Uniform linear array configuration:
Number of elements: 16
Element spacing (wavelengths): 0.75
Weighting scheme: binomial
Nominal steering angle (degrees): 30
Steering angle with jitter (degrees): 30.612
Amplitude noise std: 0.05
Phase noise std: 0.05

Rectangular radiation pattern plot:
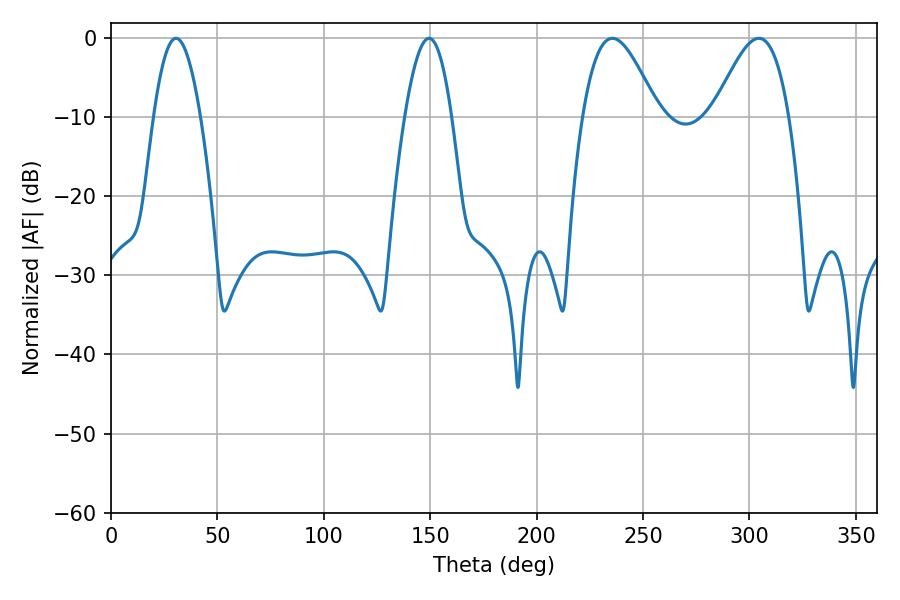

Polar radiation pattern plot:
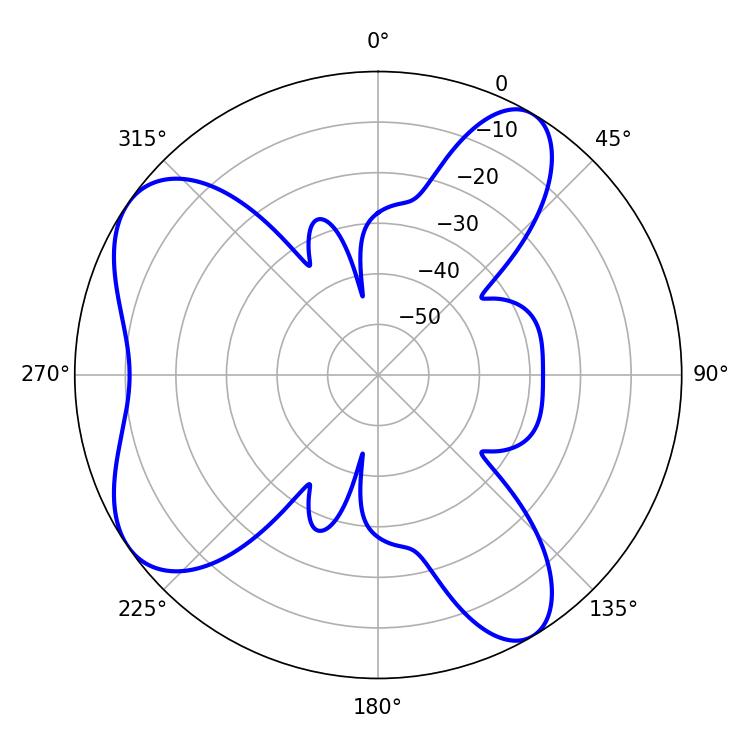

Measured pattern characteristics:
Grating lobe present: TRUE
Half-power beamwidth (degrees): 19.08
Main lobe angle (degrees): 235.62